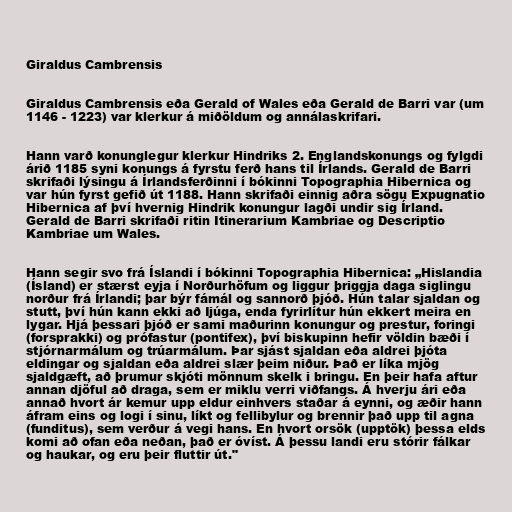
Giraldus Cambrensis

Giraldus Cambrensis eða Gerald of Wales eða Gerald de Barri var (um
1146 - 1223) var klerkur á miðöldum og annálaskrifari.

Hann varð konunglegur klerkur Hindriks 2. Englandskonungs og fylgdi
árið 1185 syni konungs á fyrstu ferð hans til Írlands. Gerald de Barri
skrifaði lýsingu á Írlandsferðinni í bókinni Topographia Hibernica og
var hún fyrst gefið út 1188. Hann skrifaði einnig aðra sögu Expugnatio
Hibernica af því hvernig Hindrik konungur lagði undir sig Írland.
Gerald de Barri skrifaði ritin Itinerarium Kambriae og Descriptio
Kambriae um Wales.

Hann segir svo frá Íslandi í bókinni Topographia Hibernica: „Hislandia
(Ísland) er stærst eyja í Norðurhöfum og liggur þriggja daga siglingu
norður frá Írlandi; þar býr fámál og sannorð þjóð. Hún talar sjaldan og
stutt, því hún kann ekki að Ijúga, enda fyrirlítur hún ekkert meira en
lygar. Hjá þessari þjóð er sami maðurinn konungur og prestur, foringi
(forsprakki) og prófastur (pontifex), því biskupinn hefir völdin bæði í
stjórnarmálum og trúarmálum. Þar sjást sjaldan eða aldrei þjóta
eldingar og sjaldan eða aldrei slær þeim niður. Það er líka mjög
sjaldgæft, að þrumur skjóti mönnum skelk i bringu. En þeir hafa aftur
annan djöful að draga, sem er miklu verri viðfangs. Á hverju ári eða
annað hvort ár kemur upp eldur einhvers staðar á eynni, og æðir hann
áfram eins og logi í sinu, líkt og fellibylur og brennir það upp til agna
(funditus), sem verður á vegi hans. En hvort orsök (upptök) þessa elds
komi að ofan eða neðan, það er óvíst. Á þessu landi eru stórir fálkar
og haukar, og eru þeir fluttir út."